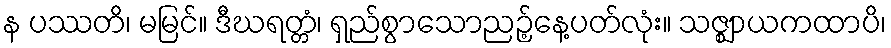
န ပဿတိ၊ မမြင်။ ဒီဃရတ္တံ၊ ရှည်စွာသောညဉ့်နေ့ပတ်လုံး။ သဇ္ဈာယကထာပိ၊